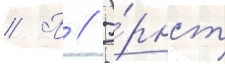
// П // Э́рнст